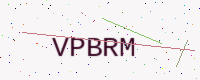
Text: VPBRM